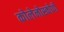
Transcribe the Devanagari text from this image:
कोलेनोस्कोपी